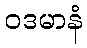
ဝဒမာနံ